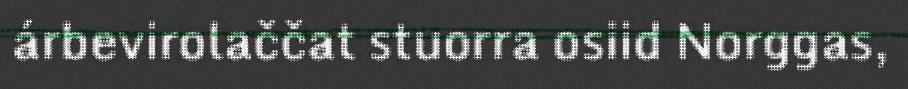
árbevirolaččat stuorra osiid Norggas,